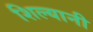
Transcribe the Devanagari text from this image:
शिल्यानी